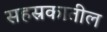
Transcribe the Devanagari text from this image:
सहस्रकातील